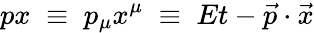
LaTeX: px\; \equiv\; p_{\mu}x^{\mu}\; \equiv\; Et-{\vec{p}}\cdot{\vec{x}}